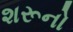
શરૂનો